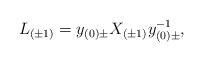
LaTeX: \begin{align*}L_{(\pm 1)} = y_{(0)\pm} X_{(\pm 1)} y^{-1}_{(0)\pm},\end{align*}